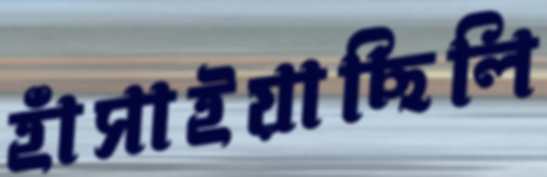
হাঁসাইয়াছিলি